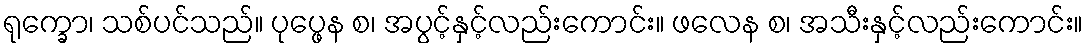
ရုက္ခော၊ သစ်ပင်သည်။ ပုပ္ဖေန စ၊ အပွင့်နှင့်လည်းကောင်း။ ဖလေန စ၊ အသီးနှင့်လည်းကောင်း။